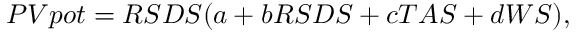
\begin{array} { r } { P V p o t = R S D S ( a + b R S D S + c T A S + d W S ) , } \end{array}